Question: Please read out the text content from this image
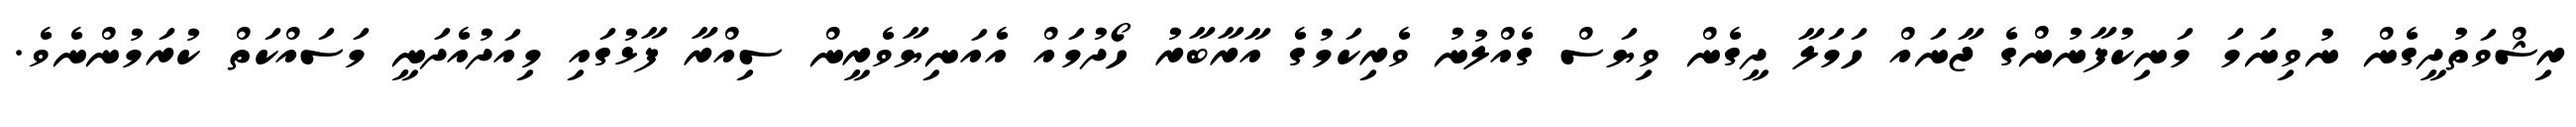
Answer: ރިޝްވަތުދީގެން ނުވިނަމަ މަނިކުފާނުންގެ ޖާނައް ހަމަލާ ދީގެން ވިޔަސް ގެއްލުނު ވެރިކަމުގެ އާރާބާރު ހޯދުމައް އެއަނިޔާވެރީން ސިއްރާ ފާޅުގައި މިއަދުއެދަނީ މަސައްކަތް ކުރަމުންނެވެ.